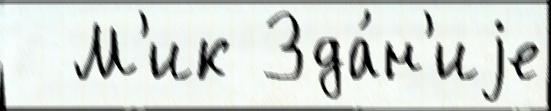
  М'ик Зда́н'иjе